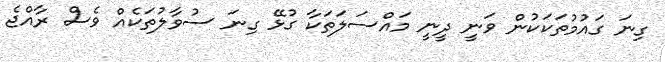
ގިނަ ގައުމުތަކަކުން ވަނީ ދީނީ މައްސަލަތަކާ ގުޅޭ ގިނަ ސުވާލުތަކެއް ވެސް ރާއްޖެ